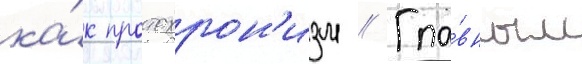
ка́к протохрон'изм // Гла́вным